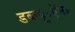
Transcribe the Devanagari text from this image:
डब्ल्यू॰ऍन॰